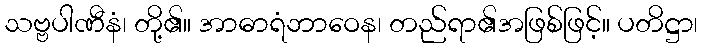
သဗ္ဗပါဏီနံ၊ တို့၏။ အာဓာရံဘာဝေန၊ တည်ရာ၏အဖြစ်ဖြင့်။ ပတိဋ္ဌာ၊